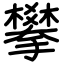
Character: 攀